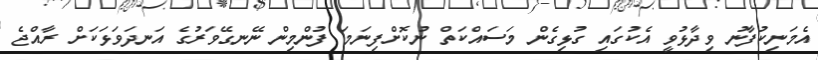
އެމަނިކުފާނު ވިދާޅުވީ އެކުގައި ގުޅިގެން މަސައްކަތް ނުކޮށްފިނަމަ ފުންމިން ނޭނގޭވަރުގެ އަނދަވަޅަކަށް ރާއްޖެ